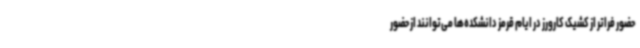
حضور فراتر از کشیک کارورز در ایام قرمز دانشکده‌ها می‌توانند از حضور